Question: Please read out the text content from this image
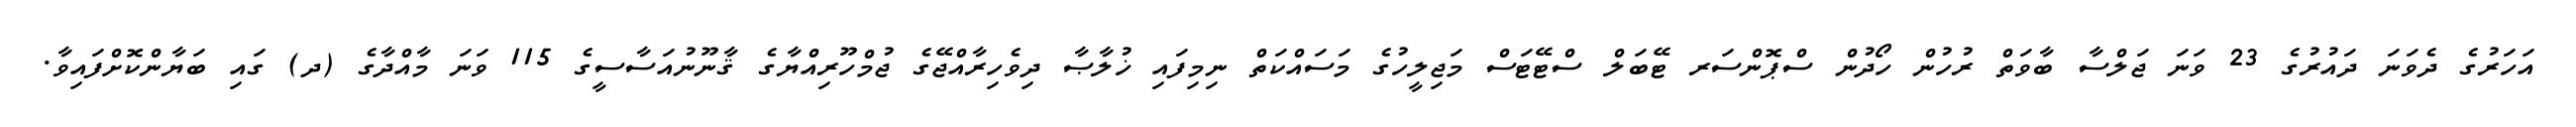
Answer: އަހަރުގެ ދެވަނަ ދައުރުގެ 23 ވަނަ ޖަލްސާ ބާވަތް ރުހުން ހޯދުން ސްޕޮންސަރ ޓޭބަލް ސްޓޭޓަސް މަޖިލީހުގެ މަސައްކަތް ނިމިފައި ޚުލާޞާ ދިވެހިރާއްޖޭގެ ޖުމްހޫރިއްޔާގެ ޤާނޫނުއަސާސީގެ 115 ވަނަ މާއްދާގެ (ދ) ގައި ބަޔާންކޮށްފައިވާ.